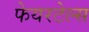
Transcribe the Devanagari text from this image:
फेयरटेल्स